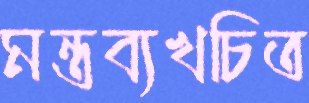
মন্তব্যখচিত